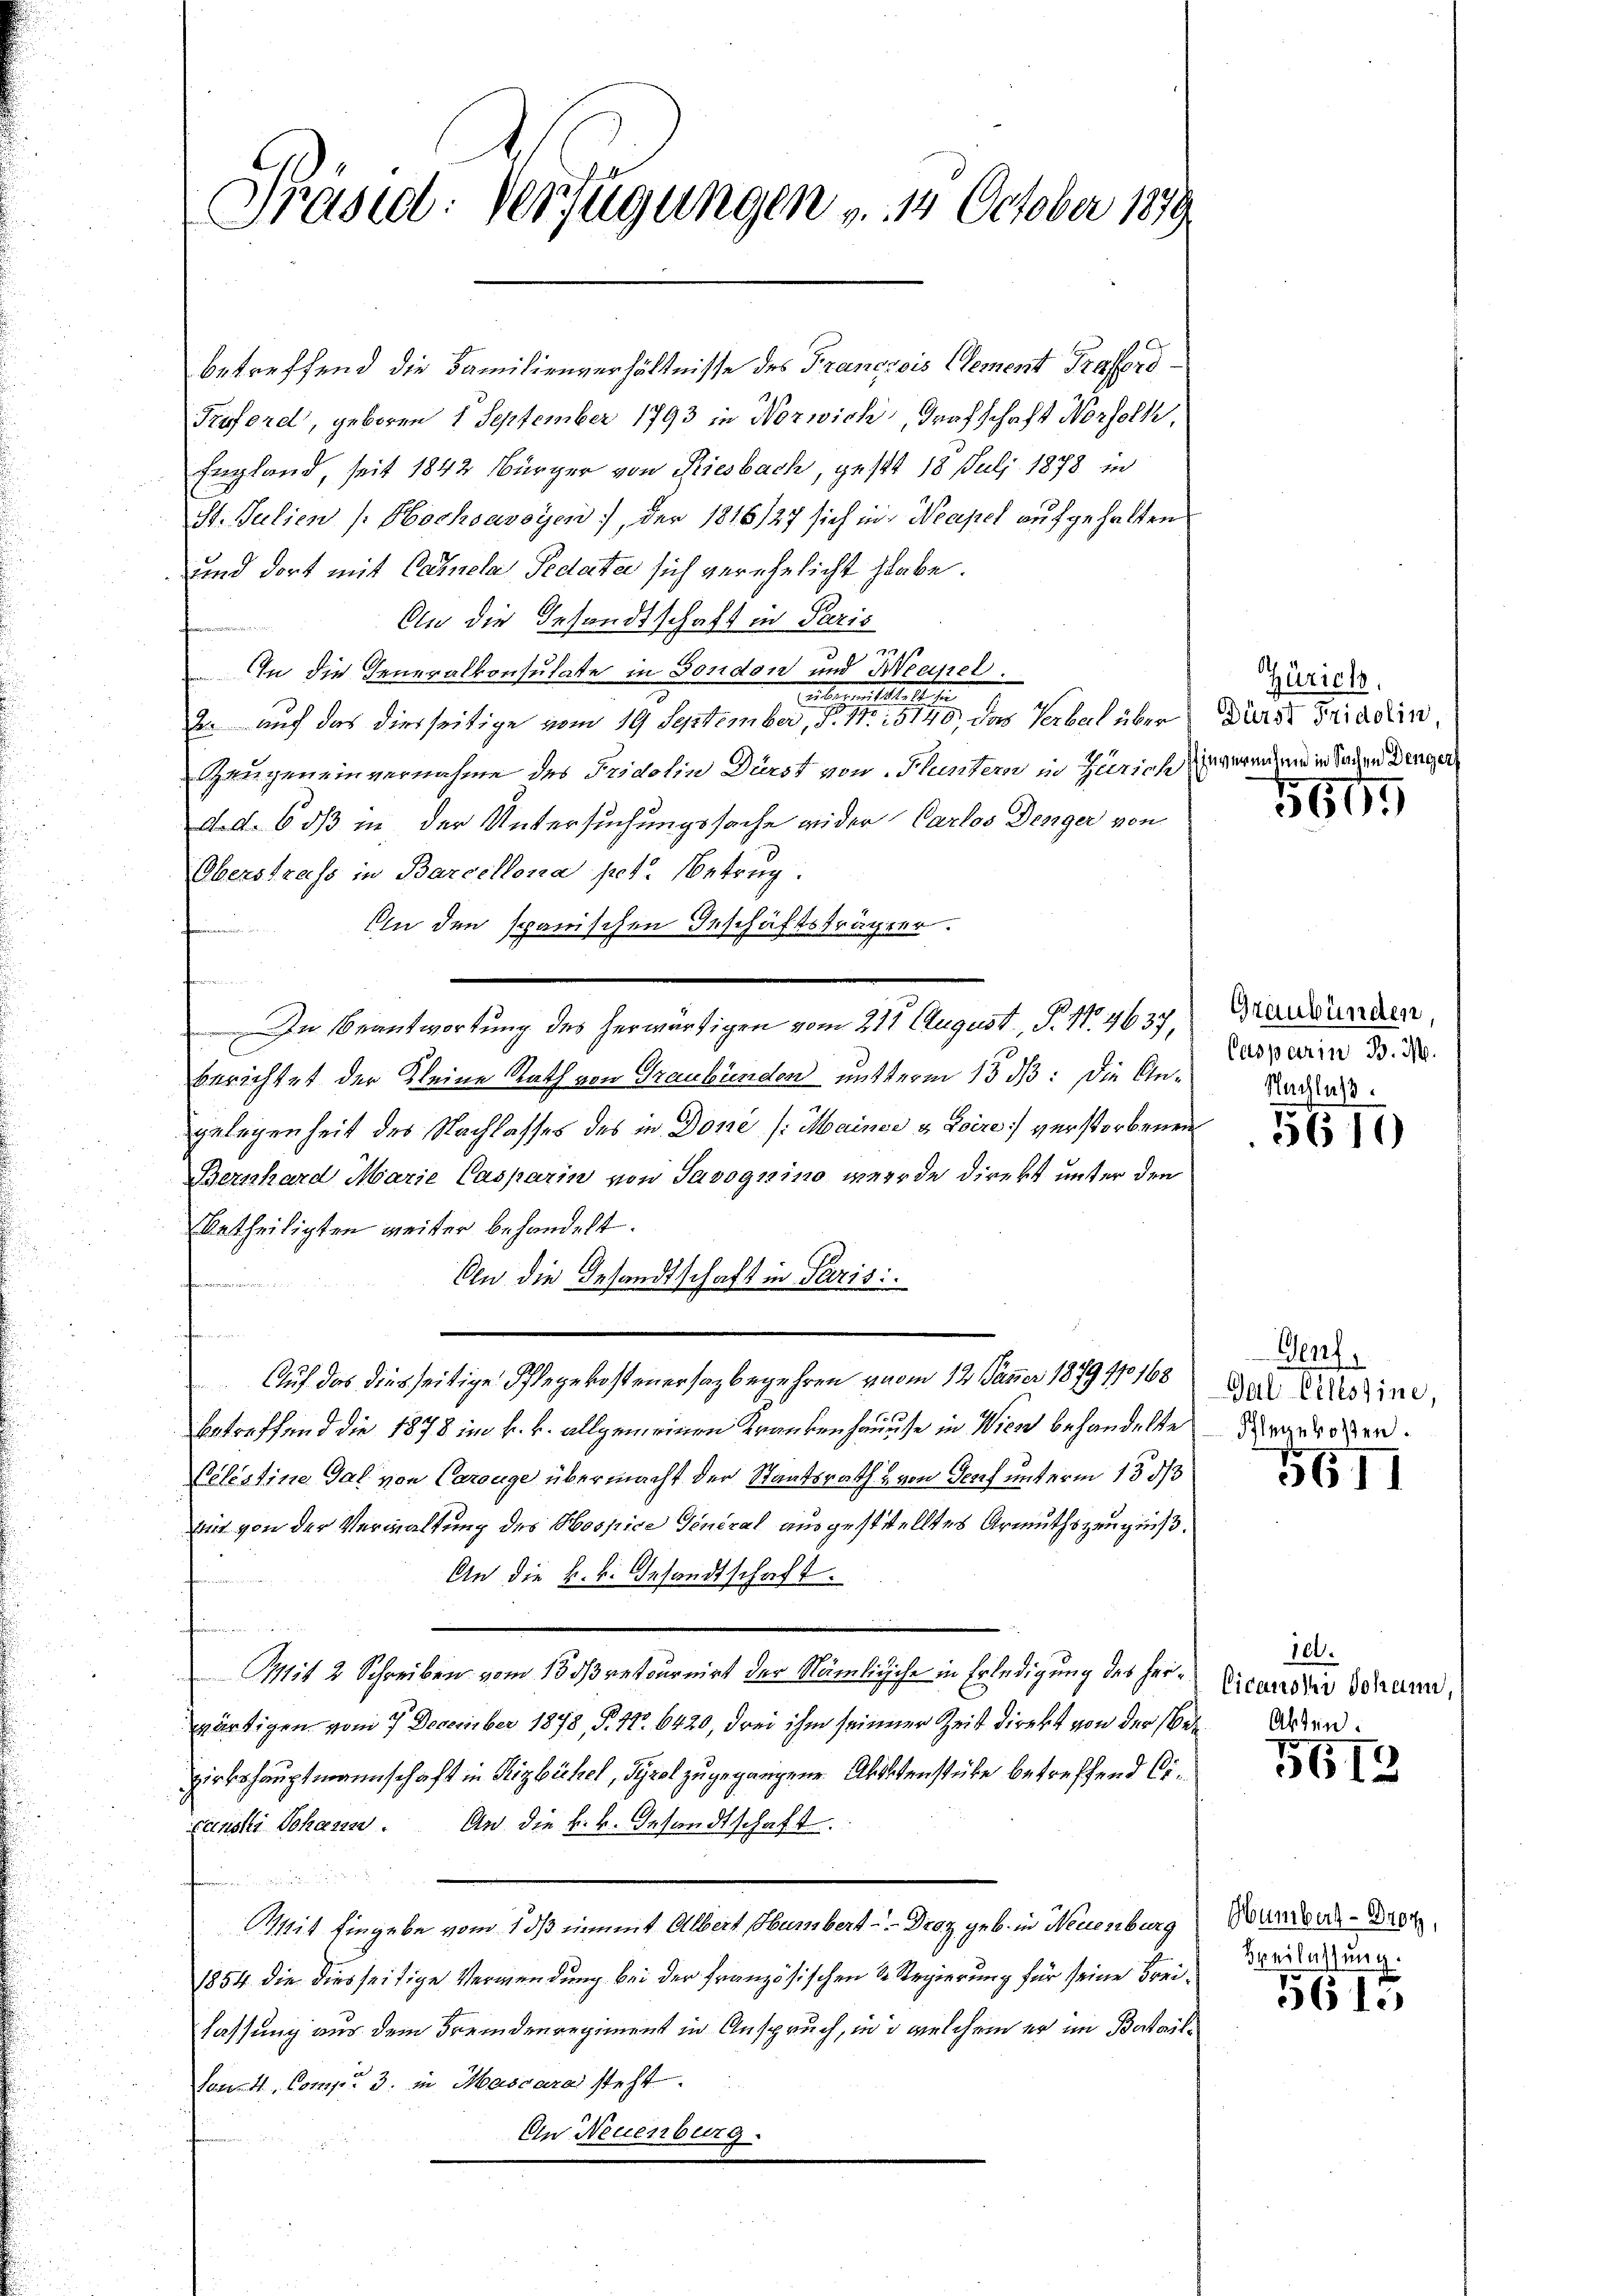
betreffend die Familienverhältnisse des Francsois Element Traffend
Treford, geboren 1 September 1793 in Norwich, Grafschaft Norfolk,
England, seit 1842 Bürger von Riesbach, gestt 18 Juli 1878 in
St. Julien (: Hochsavoyen), der 1816/27 sich in Neapel aufgehalten
und dort mit Camela Pedata sich verehelicht habe.
An die Gesandtschaft in Paris
72110
In die Generalkonsulate in Fondon und Neapel.
Ei beren Statteten
2. auf das diesseitige vom 19 September, S. 11. 1814, das Verbal über
augeneinvernahme des Fridolin Dürst von Huntern in Zürichweren ein Sachen Dinger
d. d. 6 dß in der Untersuchungssache wider Carlos Denger von
Oberstrass in Barcelona pct. Betrug.
Ein den spanischen Geschäftsträger.
fe
In Beantwortung des herwärtigen vom 21t August, P. Nr. 9637,
berichtet der Kleine Rath von Graubünden mutterm 15. dß: Die Angelegenheit des Nachlasses des in Done /: Mainer & Loire verstorbenen
Bernhard Marie Casparin von Savognino werde direkt unter den
etheiligten weiter behandelt.
fronomin
An die Gesandtschaft in Paris
ohann die
Auf das diesseitige Pflegekostenersagbegehren vom 12. Jänner 1879 110168 dat Pilsine,
betreffend die 1878 im k. k. allgemeinen Krankenhause in Wien behandelte
Pelistine Gal von Carouge übermacht der Staatsrath & von Genf unterm 13 d
bin von der Verwaltung des Hospice General ausgeststelltes Armuthszeugniß.
An die k.k. Gesandtschaft.
Mit 2 Schreiben vom 18 ds retournirt der Nämliche in Erledigung des Herr Vicandio Schann,
wärtigen vom 7. December 1878, P. Nr. 6420, drei ihm seinerer Zeit direkt von der Bede
zirkshauptmannschaft in Rizbüchel, Tyrol zugegangene Abstenstüke betreffend Cixanski Johans. An die k. k. Gesandtschaft
Mit Eingabe vom 1 dß einmit Albert Humbert - Droz geb. in Neuenburg
1854 die diesseitige Verwendung bei der französischen & Regierung für seine Freilassung aus dem Fremdenregiment in Anspruch, und welchem er im Batail¬
Sonst Comp. 3. in Mascara steht.
An Neuenburg.

Präsid. Verfügungen v. 12. October 189

Zürich.
Dürst Fridolin,

5665

Graubünden,
Casparin B. M.
Nachlass

55610

Herf
Flegekosten.

5611

101.
Arten.

5618

Humbert - Brot,
Oveilassung.

5610